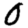
Digit: 0